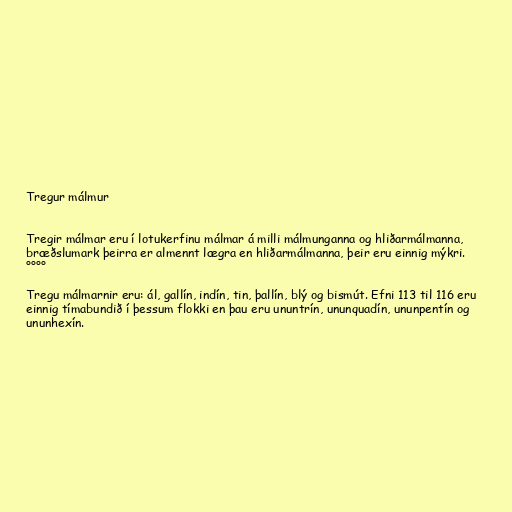
Tregur málmur

Tregir málmar eru í lotukerfinu málmar á milli málmunganna og hliðarmálmanna,
bræðslumark þeirra er almennt lægra en hliðarmálmanna, þeir eru einnig mýkri.
°°°°

Tregu málmarnir eru: ál, gallín, indín, tin, þallín, blý og bismút. Efni 113 til 116 eru
einnig tímabundið í þessum flokki en þau eru ununtrín, ununquadín, ununpentín og
ununhexín.